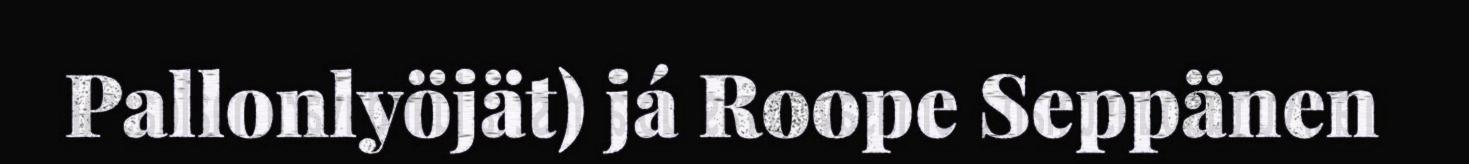
Pallonlyöjät) já Roope Seppänen